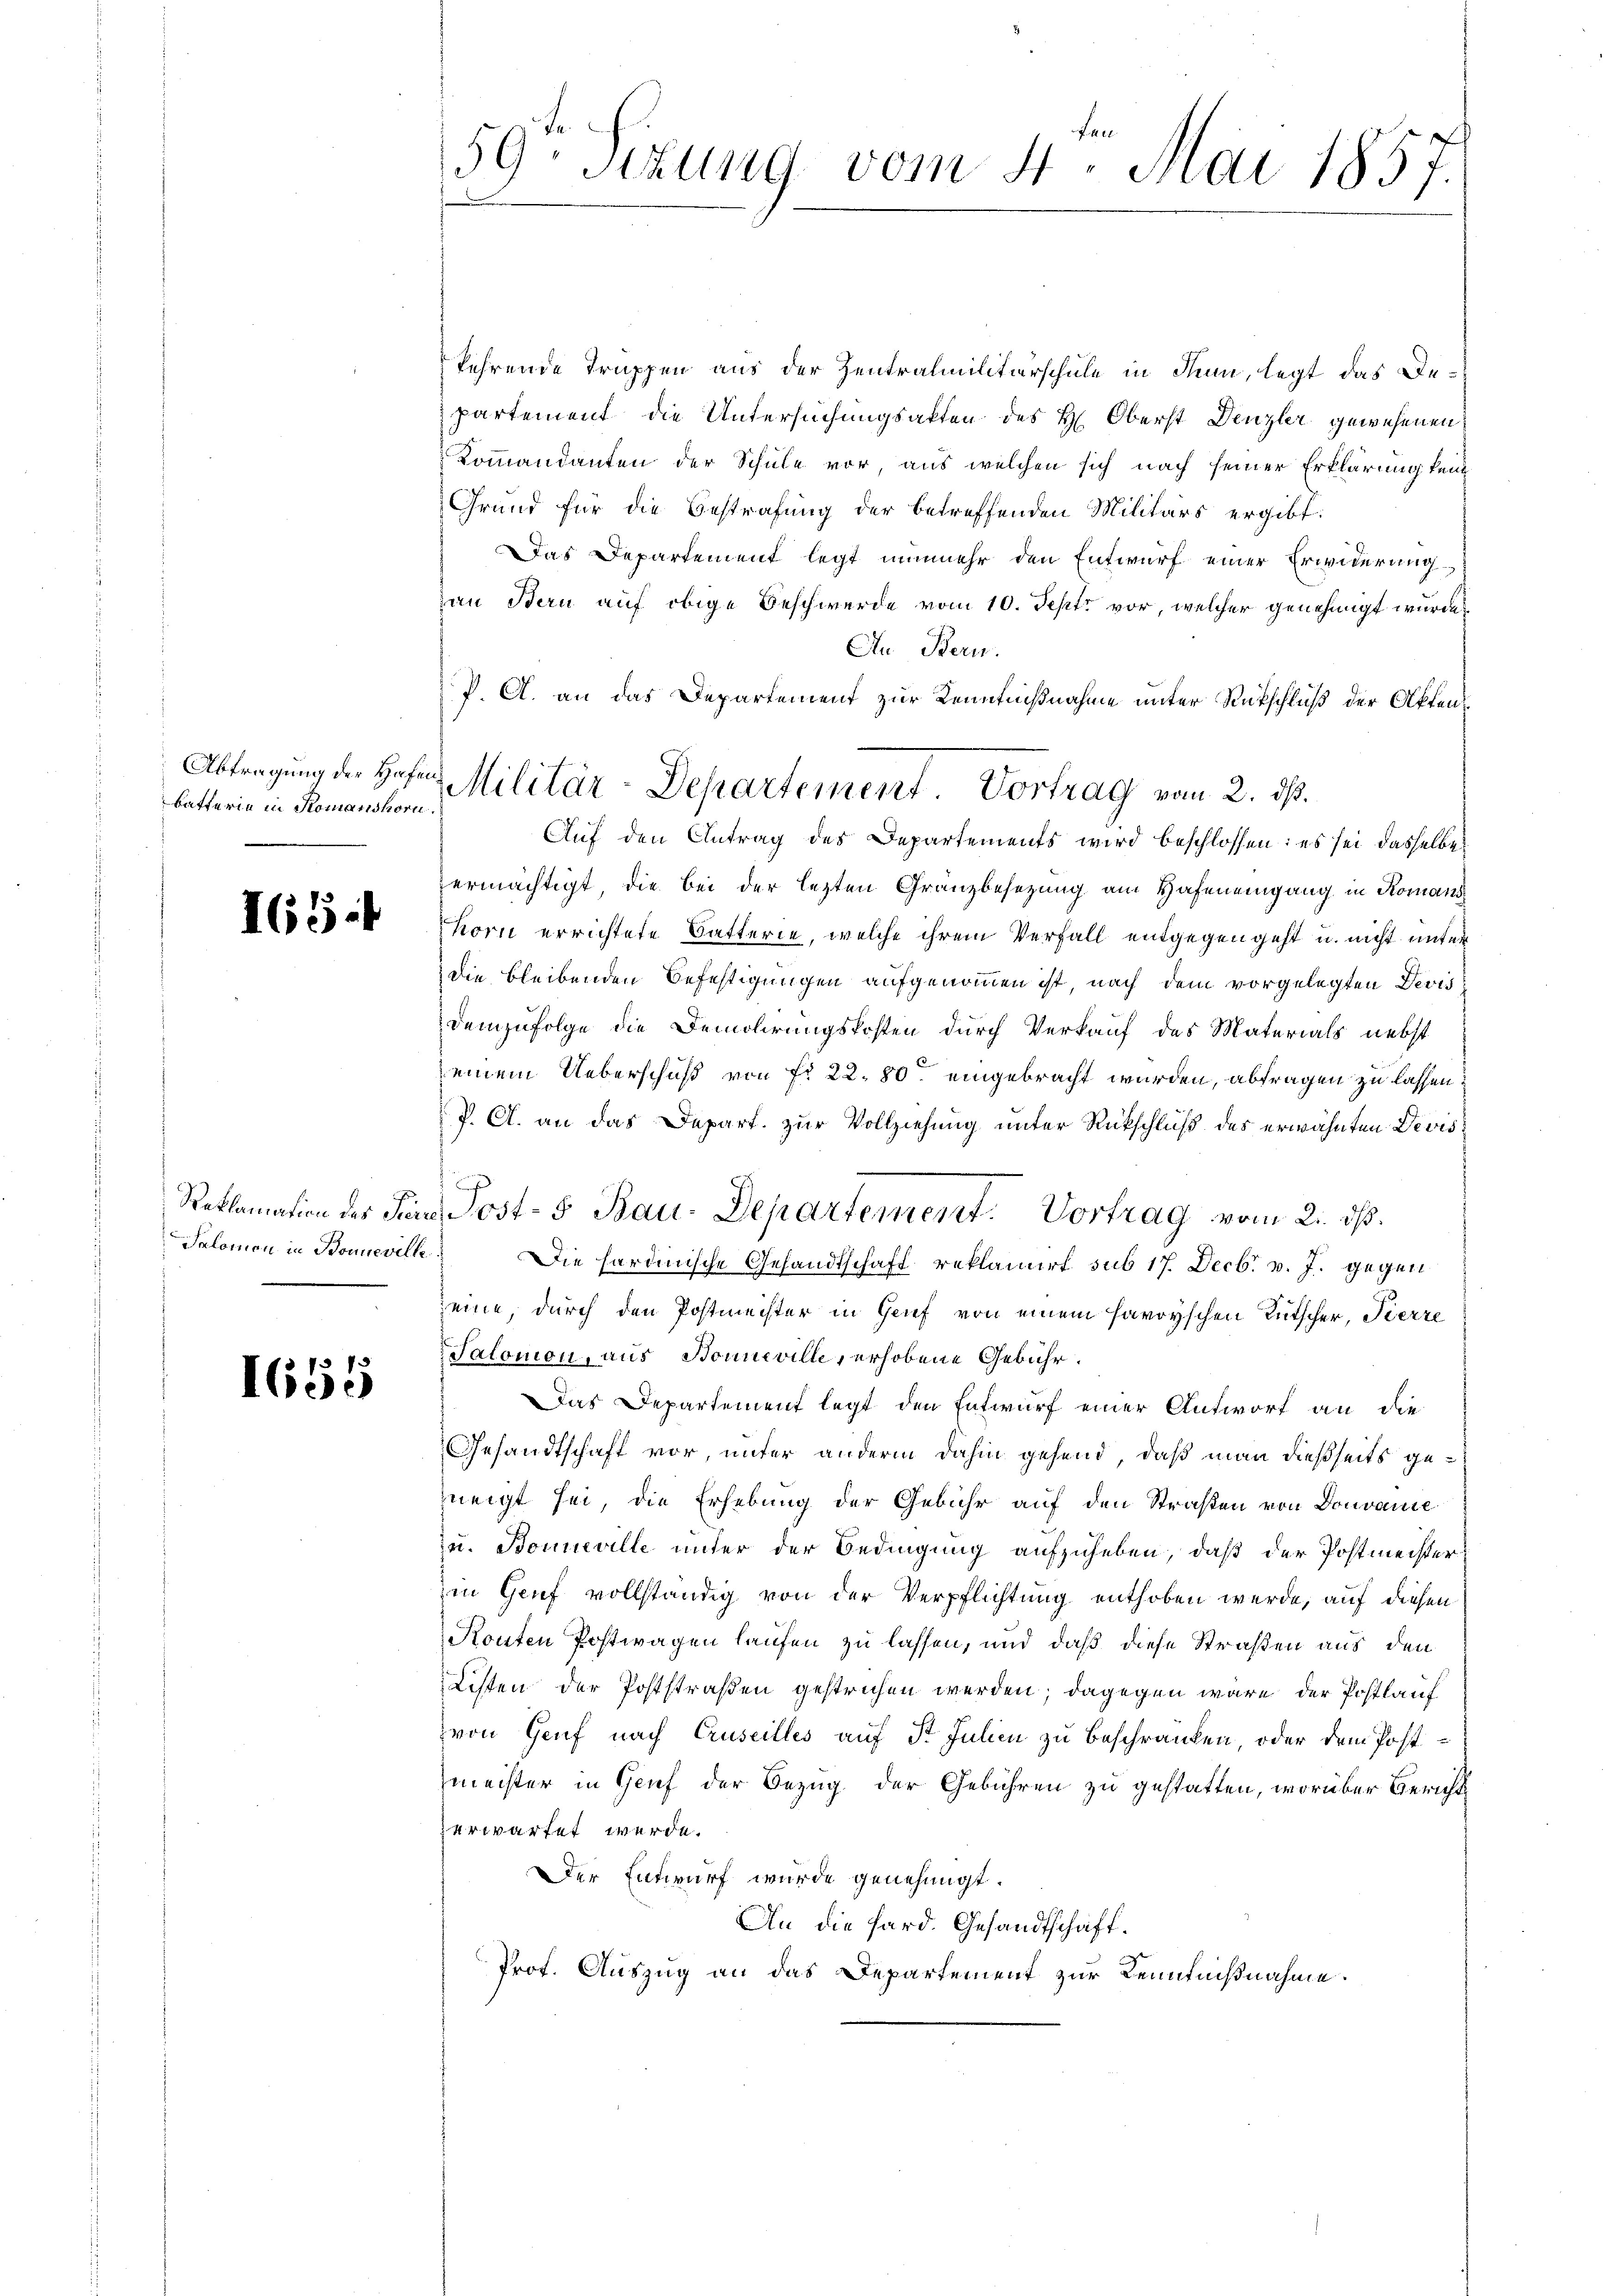
Batterie in Romanshorn.

I65.

Reklamation des Tiere

1655

7
59 schung vom 4. Mai 185

Abtragung der Hofer Militär-Departement. Vortrag vom 2. ds.

kehrende Truppen aus der Zentralmilitärschule in Nun, legt das Departement die Untersuchungsakten des H. Oberst Denzler gewesenen
Kommandanten der Schule vor, aus welchen sich nach seiner Erklärung kein
Grund für die Bestrafung der betreffenden Militärs ergibt:
Das Departement legt nunmehr den Entwurf einer Erwiderungdann Bern auf obige Beschwerde vom 10. Sept vor, welcher genehmigt wurde,
An Bern.
P. A. an das Departement zur Kenntnißnahme unter Rückschluß der Offen¬
Auf den Antrag des Departements wird beschlossen: es sei dasselbe
ermächtigt, die bei der lezten Gränzbesezung am Hafen eingang in Romans
Korn errichtete Batterie, welche ihrem Verfall entgegen geht u. nicht unter
die bleibenden Befestigungen aufgenommen ist, nach dem vorgelegten Devis
Demzufolge die Demolirungskosten durch Verkauf des Materials nebst
seinem Ueberschuß von fr. 22. 80. eingebracht wurden, abtragen zu lassen.
J. A. an das Depart. zur Vollziehung unter Rückschluß des erwähnten Devis
Salomon in Bonnevill Die hardinische Gesandtschaft reklamirt sub 17. Decbr. v. J. gegen
seine, durch den Postmeister in Grief von einem Harryschen Rutscher, Pierre
Salomon, aus Sonneville, erhobene Gebühr.
Das Departement legt den Entwurf einer Antwort an die
Gesandtschaft vor, unter andern dahin gehend, daß man dießseits geneigt sei, die Erhebung der Gebühr auf den Straßen von Douvante
u. Bonneville unter der Bedingung aufzuheben, daß der Postmeister
in Genf vollständig von der Verpflichtung enthoben werde, auf diesen
Routen Postwagen laufen zu lassen, und daß diese Straßen aus den
Listen der Poststraßen gestrichen werden; dagegen wäre der Postlauf
von Genf nach Cruseilles auf St. Julien zu beschränken, oder dem Postzmeister in Genf der Bezug der Gebühren zu gestatten, worüber Bericht
erwartet werde.
Der Entwurf wurde genehmigt.
An die Sard. Gesandtschaft.
Prot. Auszug an das Departement zur Kenntnißnahme.

Post- 5 Bau-Departement. Vortrag vom 21. ds.